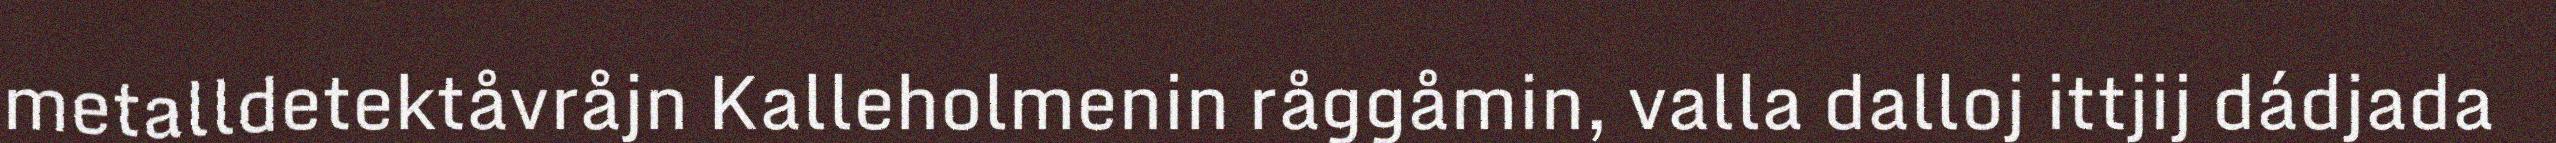
metalldetektåvråjn Kalleholmenin råggåmin, valla dalloj ittjij dádjada